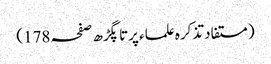
(مستفاد تذکرہ علماء پرتاپگڑھ صفحہ 178)